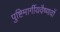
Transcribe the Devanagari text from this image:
पुष्टिमार्गीयवैष्णवों